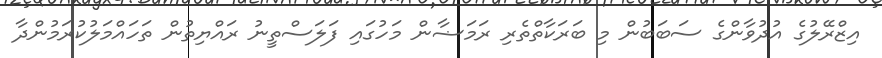
އިޒްރޭލުގެ އުދުވާންގެ ސަބަބުން މި ބަރަކާތްތެރި ރަމަޟާން މަހުގައި ފަލަސްތީނު ރައްޔިތުން ތަހައްމަލުކުރަމުންދާ